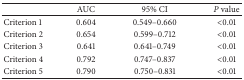
<table><thead><tr><td><b> </b></td><td><b>AUC</b></td><td><b>95% CI</b></td><td><b><i>P </i>value</b></td></tr></thead><tbody><tr><td>Criterion 1</td><td>0.604</td><td>0.549–0.660</td><td>&lt;0.01</td></tr><tr><td>Criterion 2</td><td>0.654</td><td>0.599–0.712</td><td>&lt;0.01</td></tr><tr><td>Criterion 3</td><td>0.641</td><td>0.641–0.749</td><td>&lt;0.01</td></tr><tr><td>Criterion 4</td><td>0.792</td><td>0.747–0.837</td><td>&lt;0.01</td></tr><tr><td>Criterion 5</td><td>0.790</td><td>0.750–0.831</td><td>&lt;0.01</td></tr></tbody></table>